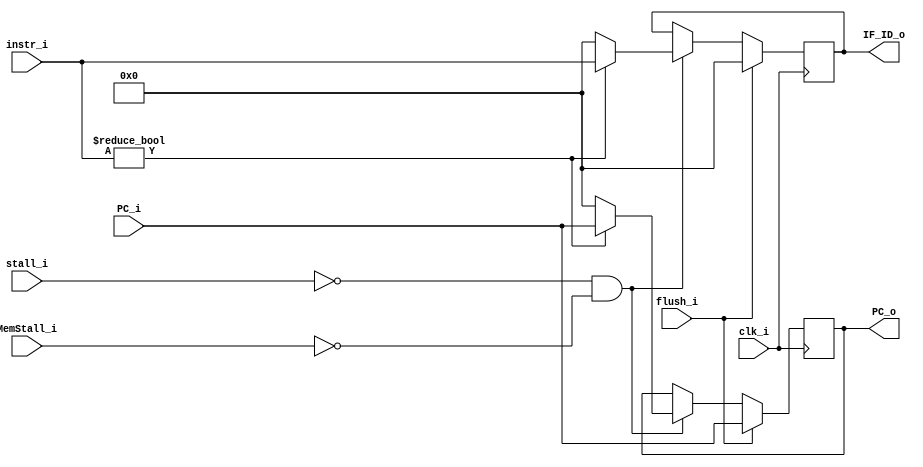
module IF_ID(
    clk_i,
    instr_i,
    stall_i,
    flush_i,
    PC_i,
    MemStall_i,
    IF_ID_o,
    PC_o
);

// Ports
input         clk_i, stall_i, flush_i, MemStall_i;
input  [31:0] instr_i, PC_i;
output [31:0] IF_ID_o, PC_o;

// Registers
reg    [31:0] IF_ID_o, PC_o;

always@(posedge clk_i) begin
    if(flush_i == 1'b1) begin
        IF_ID_o <= 32'b0;
        PC_o    <= PC_i;
    end
    else if(stall_i == 1'b0 && MemStall_i == 1'b0) begin
        if(instr_i) begin
            IF_ID_o <= instr_i;
            PC_o    <= PC_i;
        end
        else begin
            IF_ID_o <= 32'b0;
            PC_o    <= 32'b0;
        end
    end
end
endmodule